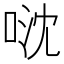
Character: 𠴥